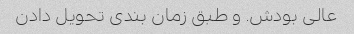
عالی بودش. و طبق زمان بندی تحویل دادن